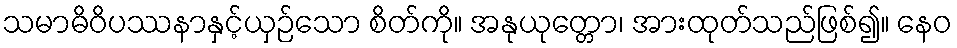
သမာဓိဝိပဿနာနှင့်ယှဉ်သော စိတ်ကို။ အနုယုတ္တော၊ အားထုတ်သည်ဖြစ်၍။ နေဝ